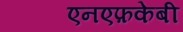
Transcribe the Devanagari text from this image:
एनएफ़केबी